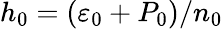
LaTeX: h_{0}=(\varepsilon_{0}+P_{0})/n_{0}